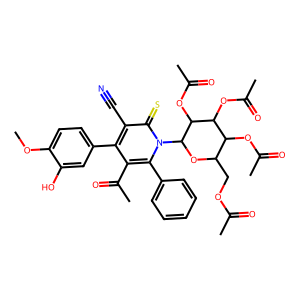
SMILES: COc1ccc(-c2c(C(C)=O)c(-c3ccccc3)n(C3OC(COC(C)=O)C(OC(C)=O)C(OC(C)=O)C3OC(C)=O)c(=S)c2C#N)cc1O
Inhibits HIV replication: No